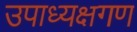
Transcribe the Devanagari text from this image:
उपाध्यक्षगण